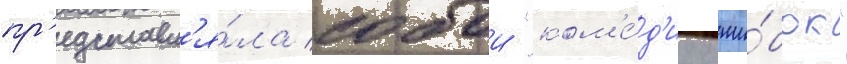
пр'едставл'я́ла собои "ком'е́д'иу оши́бок"